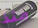
منذ